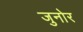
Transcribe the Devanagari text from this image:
जुनोर